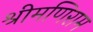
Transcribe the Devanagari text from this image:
श्रीमणिराम